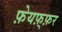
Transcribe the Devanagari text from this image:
फ़ेयफ़्फ़र